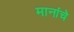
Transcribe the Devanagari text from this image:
मानांचे